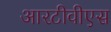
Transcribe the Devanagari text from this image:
आरटीवीएस